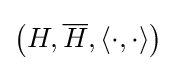
\left(H,{\overline {H}},\langle \cdot ,\cdot \rangle \right)